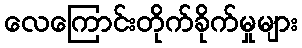
လေကြောင်းတိုက်ခိုက်မှုများ